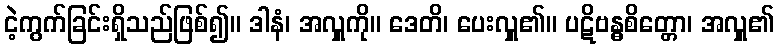
ငဲ့ကွက်ခြင်းရှိသည်ဖြစ်၍။ ဒါနံ၊ အလှူကို။ ဒေတိ၊ ပေးလှူ၏။ ပဋိဗန္ဓစိတ္တော၊ အလှူ၏